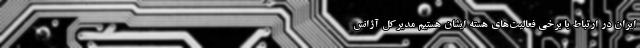
ایران در ارتباط با برخی فعالیت‌های هسته‌ ایشان هستیم مدیرکل آژانس